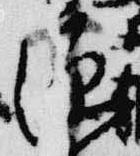
源